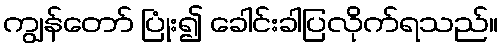
ကျွန်တော် ပြုံး၍ ခေါင်းခါပြလိုက်ရသည်။